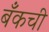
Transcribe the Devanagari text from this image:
बँकची